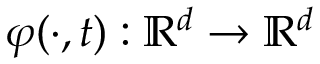
\varphi ( \cdot , t ) : \mathbb { R } ^ { d } \rightarrow \mathbb { R } ^ { d }